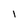
Character: l